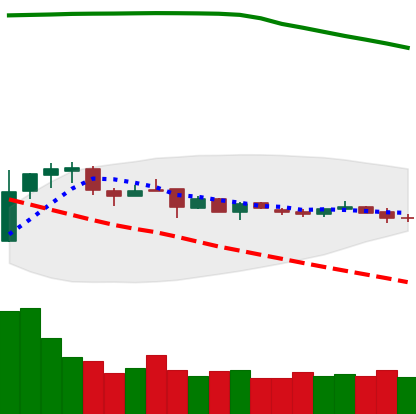
Ticker: DOGE-USD
Chart end date: 2019-01-05
Forward return: -8.064%
Label: down_7plus